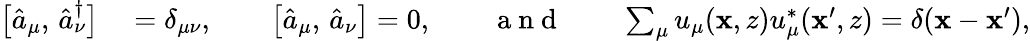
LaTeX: \begin{array}{rl}{\bigl[\hat{a}_{\mu},\, \hat{a}_{\nu}^{\dagger}\bigr]}&{{}=\delta_{\mu\nu},\qquad\bigl[\hat{a}_{\mu},\, \hat{a}_{\nu}\bigr]=0,\qquad\mathrm{~a~n~d~}\qquad\sum_{\mu}u_{\mu}(\mathbf{x},z)u_{\mu}^{*}(\mathbf{x}^{\prime},z)=\delta(\mathbf{x}-\mathbf{x}^{\prime}),}\end{array}